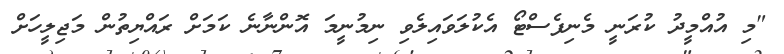
"މި އުއްމީދު ކުރަނީ މެނިފެސްޓޯ އެކުލަވައިލެވި ނިމުނީމަ އޮންނާނެ ކަމަށް ރައްޔިތުން މަޖިލީހަށް